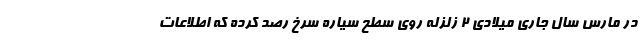
در مارس سال جاری میلادی ۲ زلزله روی سطح سیاره سرخ رصد کرده که اطلاعات